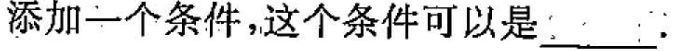
添加一个条件，这个条件可以是_____.